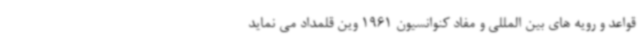
قواعد و رویه های بین المللی و مفاد کنوانسیون 1961 وین قلمداد می نماید